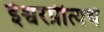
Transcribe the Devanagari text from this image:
ईश्वरप्रीत्यर्थ